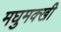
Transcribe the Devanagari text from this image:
मघुमक्खी